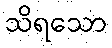
သိရသော